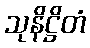
သုနိဋ္ဌိတံ